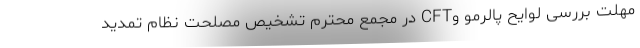
مهلت بررسی لوایح پالرمو وCFT در مجمع محترم تشخیص مصلحت نظام تمدید